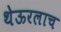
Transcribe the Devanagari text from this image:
थेऊरलाच